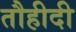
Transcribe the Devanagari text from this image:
तौहीदी